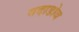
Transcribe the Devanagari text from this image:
गदाडोब